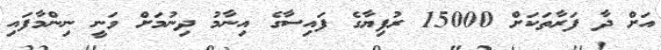
އަށް ދާ ފަރާތަކަށް 15000 ރުފިޔާގެ ފައިސާގެ އިނާމު ދިނުމަށް ވަނީ ނިންމާފައި